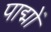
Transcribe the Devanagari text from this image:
पाद्मों